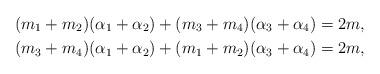
LaTeX: \begin{gather*}(m_1+m_2)(\alpha_1+\alpha_2)+(m_3+m_4)(\alpha_3+\alpha_4)=2m,\\(m_3+m_4)(\alpha_1+\alpha_2)+(m_1+m_2)(\alpha_3+\alpha_4)=2m,\end{gather*}